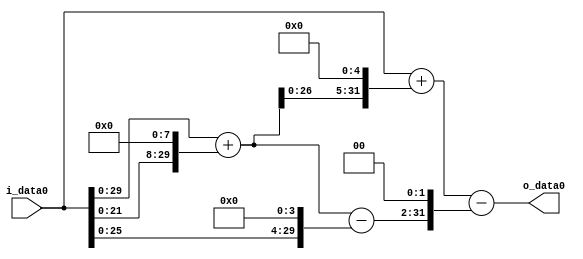
module multiplier_block (
    i_data0,
    o_data0
);

  // Port mode declarations:
  input   [31:0] i_data0;
  output  [31:0]
    o_data0;

  //Multipliers:

  wire [31:0]
    w1,
    w256,
    w257,
    w8224,
    w8225,
    w16,
    w241,
    w964,
    w7261;

  assign w1 = i_data0;
  assign w16 = w1 << 4;
  assign w241 = w257 - w16;
  assign w256 = w1 << 8;
  assign w257 = w1 + w256;
  assign w7261 = w8225 - w964;
  assign w8224 = w257 << 5;
  assign w8225 = w1 + w8224;
  assign w964 = w241 << 2;

  assign o_data0 = w7261;

  //multiplier_block area estimate = 7338.03834891177;
endmodule